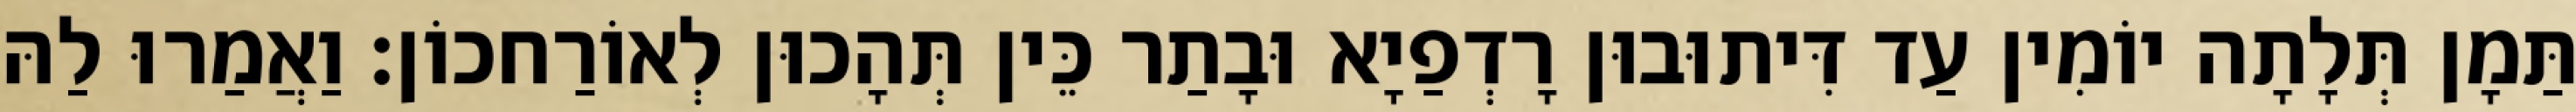
תַּמָן תְּלָתָה יוֹמִין עַד דִּיתוּבוּן רָדְפַיָא וּבָתַר כֵּין תְּהָכוּן לְאוֹרַחכוֹן׃ וַאֲמַרוּ לַהּ